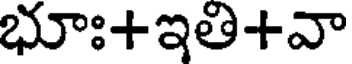
భూః+ఇతి+వా